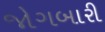
જોગબારી